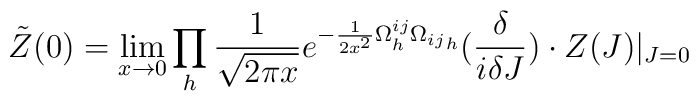
\tilde{Z}(0) = \lim_{x \rightarrow 0} \prod_h \frac{1}{\sqrt{2\pi x}}e^{-\frac{1}{2x^2}\Omega^{ij}_h{\Omega_{ij}}_h}({\delta \over  i\delta J})\cdot Z(J)|_{J=0}